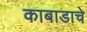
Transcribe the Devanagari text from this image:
काबाडाचे